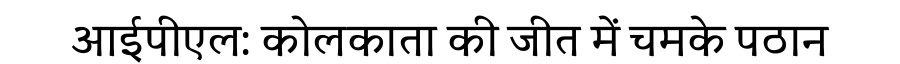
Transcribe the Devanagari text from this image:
आईपीएल: कोलकाता की जीत में चमके पठान